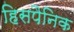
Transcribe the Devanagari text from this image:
हिसपैनिक